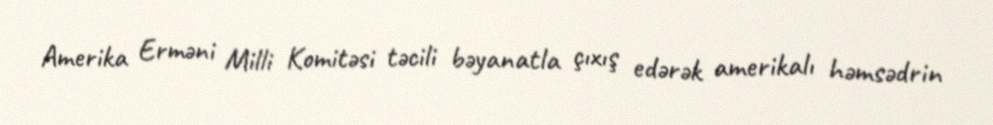
Amerika Erməni Milli Komitəsi təcili bəyanatla çıxış edərək amerikalı həmsədrin